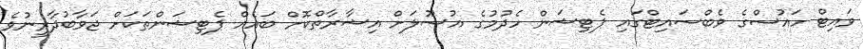
ވައިޓް ހައުސްގެ ވެބްސައިޓްގައި ޕެޓިޝަން ހެދުމުގެ އުސޫލަށް އިޝާރާތްކޮށް ބައެއް ޕެޓިޝަންތަކަށް ޖަވާބުދާރީނުވެ